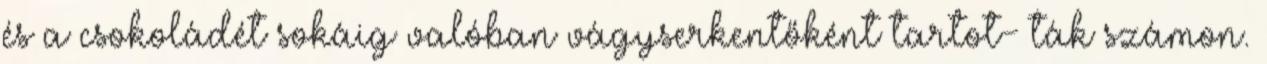
és a csokoládét sokáig valóban vágyserkentőként tartot- ták számon.